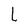
Character: L